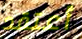
أعتقد